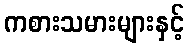
ကစားသမားများနှင့်